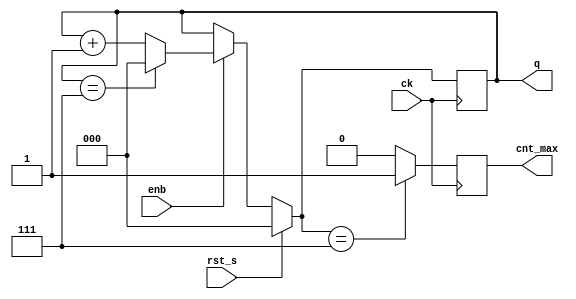
/*
Mdulo BCD Contador

Este mdulo implementa um contador BCD com um valor mximo especificado.

*/

module bcd_contador # (parameter width = 3, max_value = 7)
  (output reg cnt_max, output reg [width - 1:0] q, input enb, input rst_s, input ck);
  
  initial begin
    // Inicializaes
    q = 0;
    cnt_max = 0;
  end

  always @ (negedge ck) begin
    // Transio de estado na borda de descida do clock
    if (rst_s) begin
      // Reset: q = 0
      q = 0;
      cnt_max = 1'b0;
    end else if (enb) begin
      // Contagem
      if (q == max_value)
        q = 0;
      else
        q = q + 1;
    end

    // Verifica se o contador atingiu o valor mximo
    if (q == max_value)
      cnt_max = 1'b1;
    else 
      cnt_max = 1'b0;
  end
  
endmodule